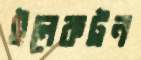
ইলেকট্রন